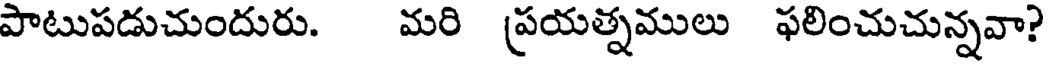
పాటుపడుచుందురు. మరి ప్రయత్నములు ఫలించుచున్నవా?